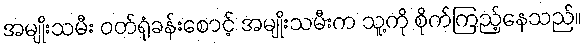
အမျိုးသမီး ဝတ်ရုံခန်းစောင့် အမျိုးသမီးက သူ့ကို စိုက်ကြည့်နေသည်။